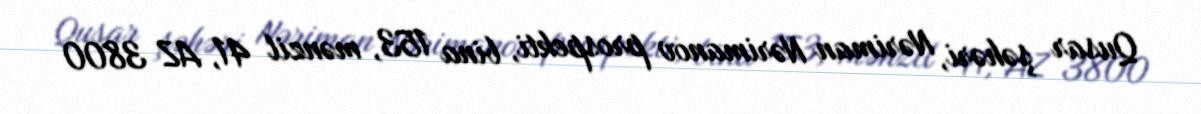
Qusar şəhəri, Nəriman Nərimanov prospekti, bina 153, mənzil 41, AZ 3800